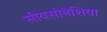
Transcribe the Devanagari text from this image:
सीयसोनेशिया